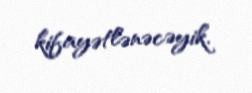
kifayətlənəcəyik.